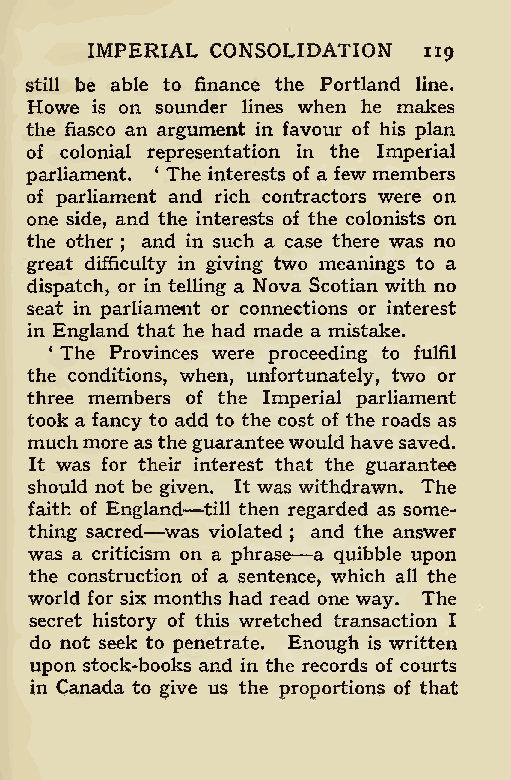
IMPERIAL CONSOLIDATION
 119
 still be able to finance the Portland line.
 Howe is on sounder lines when he makes
 the fiasco an argument in favour of his plan
 of colonial representation in the Imperial
 parliament. ‘ The interests of a few members
 of parliament and rich contractors were on
 one side, and the interests of the colonists on
 the other and in such a case there was no
 ;
 great difficulty in giving two meanings to a
 dispatch, or in telling a Nova Scotian with no
 seat in parliament or connections or interest
 in England that he had made a mistake.
 ‘ The Provinces were proceeding to fulfil
 the conditions, when, unfortunately, two or
 three members of the Imperial parliament
 took a fancy to add to the cost of the roads as
 muchmoreastheguaranteewould havesaved.
 It was for their interest that the guarantee
 should not be giv—en. It was withdrawn. The
 faith of Engl —and till then regarded as some-
 thing sacred was violated ;—and the answer
 was a criticism on a phrase a quibble upon
 the construction of a sentence, which all the
 world for six months had read one way. The
 secret history of this wretched transaction I
 do not seek to penetrate. Enough is written
 upon stock-books and in the records of courts
 in Canada to give us the proportions of that